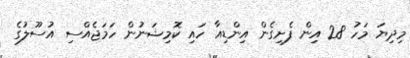
މިދިޔަ މަހު 28 އިން ފެށިގެން އިންޑިއާ ހައި ކޮމިޝަނުން ހަމަޖެއްސި އުސޫލުގެ